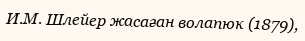
И.М. Шлейер жасаған волапюк (1879),